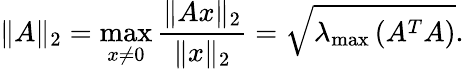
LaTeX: \| A\| _{2}=\operatorname*{max}_{x\neq 0}\frac{\| Ax\| _{2}}{\| x\| _{2}}=\sqrt{\lambda_{\operatorname*{max}}\left(A^{T}A\right)}.